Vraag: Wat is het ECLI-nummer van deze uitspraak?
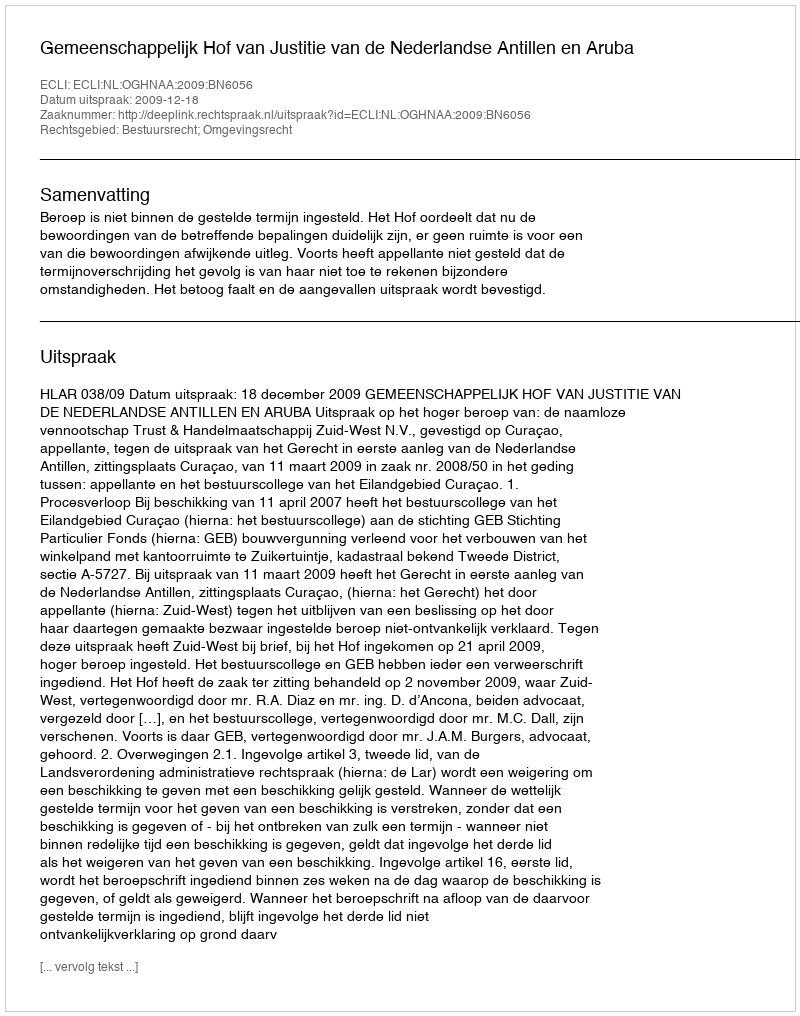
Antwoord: ECLI:NL:OGHNAA:2009:BN6056